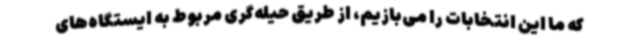
که ما این انتخابات را می‌بازیم، از طریق حیله‌گری مربوط به ایستگاه‌های